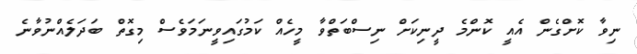
ނިވާ ކޮށްގެން އެއީ ކޮންމެ ދީނިކަށް ނިސްބަތްވާ މީހެއް ކަމުގައިވީނަމަވެސް މިގޮތް ބަދަލެއްނުވާނެ